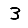
Digit: 3